King Institute of Preventive Medicine Micro-Biological Section reports 1912-19
Year: 1912
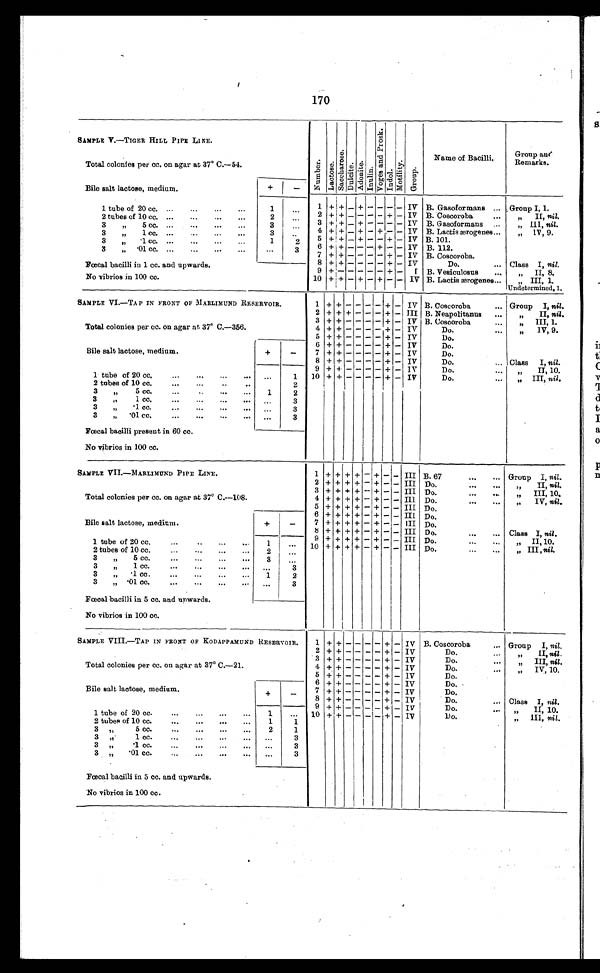
170
SAMPLE V.—TIGER HILL PIPE LINE.
N u m b e r .
L a c t o s e . Sa c c ha r os e . D u l c i t e . A d o n i t e . I n u l i n . V o g e s a n d P r o s k . I n d o l .
M o t i l i t y .
G r o u p .
Name of Bacilli.
Group au
d R e m a r k s .
Total colonies per cc. on agar at 37° C.—54.
Bile salt lactose, medium.
+
-
1
+
+
- +
- -
- - IV B. Gasoformans ... Group I, 1.
1 tube of 20 cc. ...
...
...
. . .
1
...
2 + +
- - - - +
- IV B. Coscoroba
...
,,
II, nil.
2 tubes of 10 cc. ...
...
...
. . .
2
...
3 + +
- + - - - -
I V
B.Gasoformans
„ III, nil.
3
„
5 cc. ...
...
...
. . .
3
...
4 + +
- +
- +
- - IV B. Lactis ærogenes...
„
IV, 9.
3
„
1 cc. ...
...
...
3
. . .
5
+ +
- +
- - + - IV B.101.
...
3 „
.1 cc. ...
..
...
...
1
2
6 + +
- - - +
- - IV B. 112.
3
„
. 0 1 c c .
. . .
. . .
. . .
. . .
...
3
7 + +
- - - - +
- IV B. Coscoroba.
Fœcal bacilli in 1 cc and upwards
8 + +
- - - - +
- IV
Do.
... Class I, nil.
9 + -
- - - - +
- I B. Vesiculosus
...
„
II, 8.
No vibrios in 100 cc.
10 + +
-
+ - +
- - IV B. Lactis ærogenes...
„ III, 1.
Undetermined, 1,
SAMPLE VI.—TAP IN FRONT OF MARLIMUND RESERVOIR.
1 + + -
- - - + - IV B. Coscoroba
... Group I, nil.
2 + + +
- - - + - III B. Neapolitanus
...
„
II, nil.
3 + + -
- - - +
- IV B. Coscoroba
„ III, 1.
Total colonies per cc. on agar at 37° C.—356.
4 + + -
- - - +
- IV
Do.
...
„
IV, 9.
5
+ + - - -
- + - IV
Do.
Bile salt lactose, medium.
+
-
6
+ + -
- - - + - IV
Do.
7 + + -
- - - +
- IV
Do.
8 + + -
- - - +
- IV
Do.
... Class
I,
n i l
9 + + -
- - - + - IV
Do.
II, 10.
1 tube of 20 cc.
...
...
...
...
1
10 + + -
- - - +
- IV
Do.
...
„ III, nil.
2 tubes of 10 cc.
...
...
..
. . .
2
3
,,
5cc....
1
2
3
„
1 cc.
...
...
...
...
. . .
3
3
„
1 cc.
...
...
...
...
. . .
3
3
„
.01 cc. ... ... ... ...
...
3
.
Fœcal bacilli present in 60 cc.
No vibrios in 100 cc.
SAMPLE VII.—MARLIMUND PIPE LINE.
1 + + + + - + - - III B. 67
...
... Group I, nil.
2
+ + + + - + - - III Do.
„ II, nil.
3 + + + +
- + - - III Do.
„ III, 10.
Total colonies per cc. on agar at 37° C.—108.
4 + + + +
- +
- - III. Do.
IV, nil.
5
+ + + + - + - - III Do.
Bile salt lactose, medium.
+
-
6 + + + +
- +
- - III Do.
7 + + + +
- +
- - III Do.
8 + + + +
- +
- - III Do.
...
... Class I, nil.
9 + + + +
- +
- - III Do.
„ II, 10.
1 tube of 20 cc.
...
... . . .
1
. . .
10 + + + +
- +
- - III Do.
...
...
„ III, nil.
2 tubes of 10 cc.
...
...
...
. . .
2
...
3
„
5 cc.
...
...
...
. . .
3
...
3
„
1 cc.
...
...
...
. . . ...
3
3 .,, 1 cc.
...
...
...
...
. . .
1
2
3. , , . 01 cc . . .
. . . .
. . .
. . .
...
3
Fœoal bacilli in 5 cc. and upwards.
No vibrios in 100 cc.
SAMPLE VIII.—TAP IN FRONT OF KODAPPAMUND RESERVOIR.
1 + + - - - - + - IV B. Coscoroba
... Group I, nil.
2 + +
- - - - +
- IV
Do.
...
„
II
nil.,
3
+ + - - - - + - IV
Do.
...
„
III, nil.
Total colonies per cc. on agar at 37° C.—21.
4 + +
- - - - +
- IV
Do.
...
„
IV, 10.
5
+ + - - - -
+ - IV
Do....
6
+ + - - - - + - IV
Do.
Bile salt lactose, medium
+
-
7 + +
- - - - +
- IV
Do.
8 + +
- - - - +
- IV
Do.
... Class I, nil.
9
+ + - - - - +
- IV
Do.
„ II, 10.
1 tube of 20 cc.
...
...
...
. . .
1
...
10 + + - - - - + - IV
Do.
„ III, nil.
„
I I I
, n i l
2 tubes of 10 cc.
•... . . . . . . .
1
1
2
1
3
, , ,
5 c c .
. . .
. . .
. . .
. . .
3
,,
1 cc.
...
...
...
. . .
. . .
3
3 „
. 1
c c .
. . .
. . .
. . .
. . .
3
3
,, . 0 1 c c .
. . .
. . .
. . •
. . .
. . .
3
Fœcal bacilli in 5 cc. and upwards.
No vibrios in 100 cc.
II